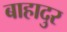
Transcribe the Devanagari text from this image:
बाहादुर